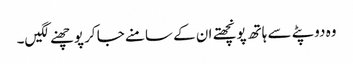
وہ دوپٹے سے ہاتھ پونچھتے ان کے سامنے جا کر پوچھنے لگیں۔